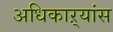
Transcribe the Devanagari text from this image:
अधिकाऱ्यांस